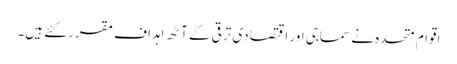
اقوام متحدہ نے سماجی اور اقتصادی ترقی کے آٹھ اہداف مقرر کئے ہیں۔